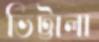
ভিট্টালা